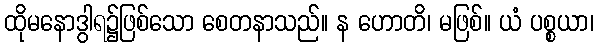
ထိုမနောဒွါရ၌ဖြစ်သော စေတနာသည်။ န ဟောတိ၊ မဖြစ်။ ယံ ပစ္စယာ၊